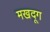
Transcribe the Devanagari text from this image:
मखदूग